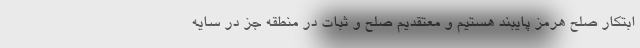
ابتکار صلح هرمز پایبند هستیم و معتقدیم صلح و ثبات در منطقه جز در سایه